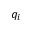
q _ { i }